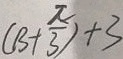
( B + \frac { \pi } { 3 } ) + 3